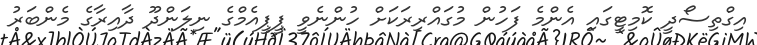
އިގްތިސޯދީ ކޮމިޓީގައި އެންމެ ފަހުން މުގައްރިރަކަށް ހުންނެވީ ޕީޕީއެމްގެ ނިލަންދޫ ދާއިރާގެ މެންބަރު